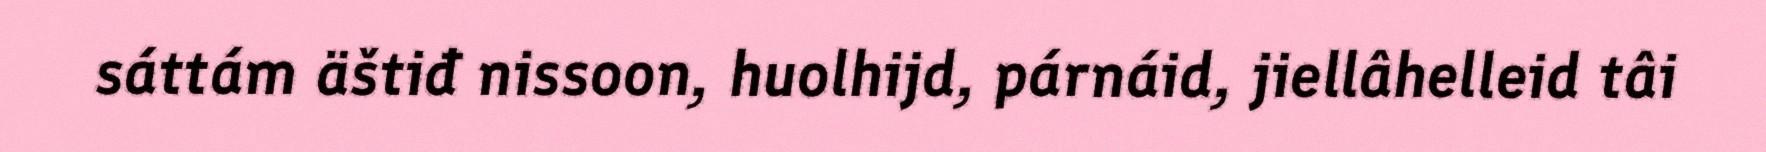
sáttám äštiđ nissoon, huolhijd, párnáid, jiellâhelleid tâi